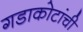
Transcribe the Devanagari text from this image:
गडाकोटांची